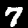
Label: 7